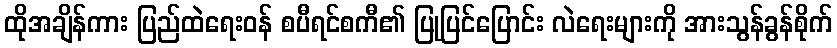
ထိုအချိန်ကား ပြည်ထဲရေးဝန် စပီရင်စကီ၏ ပြုပြင်ပြောင်း လဲရေးများကို အားသွန်ခွန်စိုက်